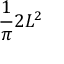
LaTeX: { \frac { 1 } { \pi } } 2 L ^ { 2 }